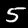
Digit: 5